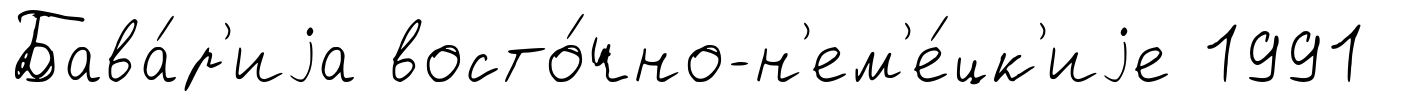
Бава́р'иjа восто́чно-н'ем'е́цк'иjе 1991